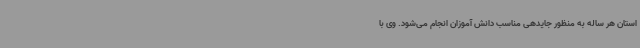
استان هر ساله به منظور جایدهی مناسب دانش آموزان انجام می‌شود. وی با